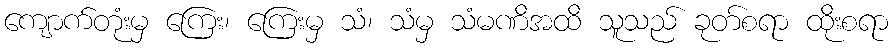
ကျောက်တုံးမှ ကြေး၊ ကြေးမှ သံ၊ သံမှ သံမဏိအထိ သူသည် ခုတ်စရာ ထိုးစရာ